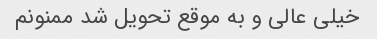
خیلی عالی و به موقع تحویل شد ممنونم